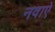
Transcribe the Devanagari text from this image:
नवाऐ